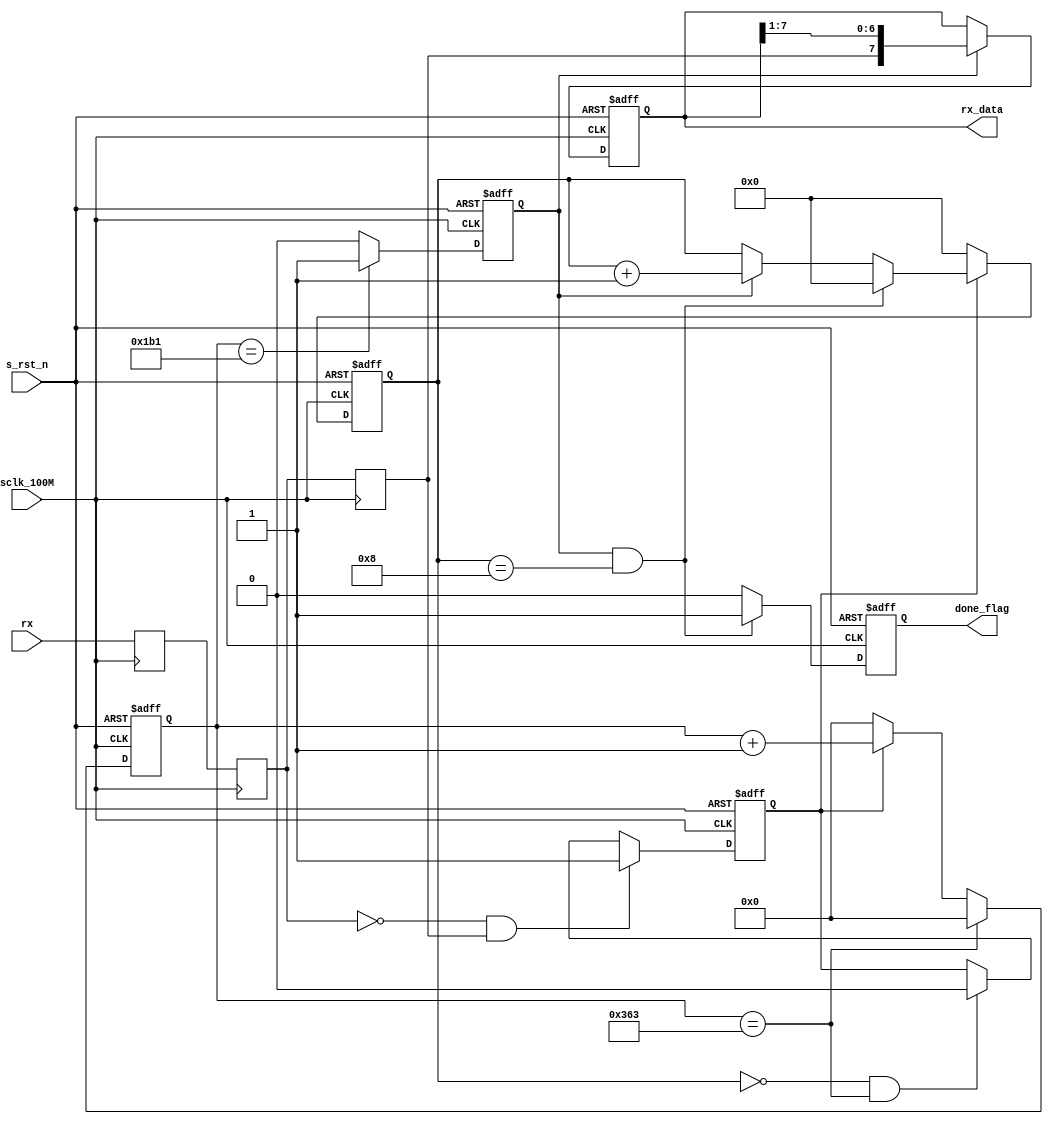
//===============================================
// 
// designer:        yang shjiang
// description:     uart receive module
//
//===============================================

module uart_rx #(
    parameter           BAUD_RATE   =   115200
)(
    //system signal
    input               sclk_100M       ,
    input               s_rst_n         ,
    //uart interface
    input               rx              ,
    //others
    output  reg [7:0]   rx_data         ,
    output  reg         done_flag       
);


//================================================================\
// ********* define parameter and internal signal **********
//================================================================/
localparam      BAUD_END        =       (1_000_000_000)/(BAUD_RATE * 10)-1            ;

localparam      BAUD_M          =       (BAUD_END+1)/2-1    ;
localparam      BIT_NUM         =       8                   ;

reg                 rx_r1       ;
reg                 rx_r2       ;
reg                 rx_r3       ;
reg                 rx_flag     ;
reg     [12:0]      baud_cnt    ;
reg                 bit_flag    ;
reg     [3:0]       bit_cnt     ;
wire                rx_start    ;


//================================================================\
// ******************** main code **************************
//================================================================/
always @(posedge sclk_100M) begin
    rx_r1   <=      rx      ;
    rx_r2   <=      rx_r1   ;
    rx_r3   <=      rx_r2   ;
end


assign rx_start =   (~rx_r2) & rx_r3    ;


always @(posedge sclk_100M or negedge s_rst_n) begin
    if (s_rst_n == 1'b0)
        rx_flag     <=      1'b0    ;
    else if (rx_start == 1'b1)
        rx_flag     <=      1'b1    ;
    else if (bit_cnt == 4'd0 && baud_cnt == BAUD_END)
        rx_flag     <=      1'b0    ;
    else
        rx_flag     <=      rx_flag ;
end


always @(posedge sclk_100M or negedge s_rst_n) begin
    if (s_rst_n == 1'b0)
        baud_cnt    <=      13'd0   ;
    else if (baud_cnt == BAUD_END)
        baud_cnt    <=      13'd0   ;
    else if (rx_flag == 1'b1)
        baud_cnt    <=  baud_cnt + 13'd1;
    else
        baud_cnt    <=      13'd0   ;
end


always @(posedge sclk_100M or negedge s_rst_n) begin
    if (s_rst_n == 1'b0)
        bit_flag    <=      1'b0    ;
    else if (baud_cnt == BAUD_M)
        bit_flag    <=      1'b1    ;
    else
        bit_flag    <=      1'b0    ;
end


always @(posedge sclk_100M or negedge s_rst_n) begin
    if (s_rst_n == 1'b0)
        bit_cnt     <=      4'd0    ;
    else if (rx_flag == 1'b0)
        bit_cnt     <=      4'd0    ;
    else if (bit_cnt == BIT_NUM && bit_flag == 1'b1)
        bit_cnt     <=      4'd0    ;
    else if (bit_flag == 1'b1)
        bit_cnt     <=  bit_cnt + 4'd1  ;
end


always @(posedge sclk_100M or negedge s_rst_n) begin
    if (s_rst_n == 1'b0)
        rx_data     <=      8'd0    ;
    else if (bit_flag == 1'b1)
        rx_data     <=  {rx_r3, rx_data[7:1]}   ;
end


always @(posedge sclk_100M or negedge s_rst_n) begin
    if (s_rst_n == 1'b0) 
        done_flag   <=      1'b0    ;
    else if (bit_flag == 1'b1 && bit_cnt == BIT_NUM)
        done_flag   <=      1'b1    ;
    else
        done_flag   <=      1'b0    ;
end

endmodule